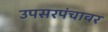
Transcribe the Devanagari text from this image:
उपसरपंचावर